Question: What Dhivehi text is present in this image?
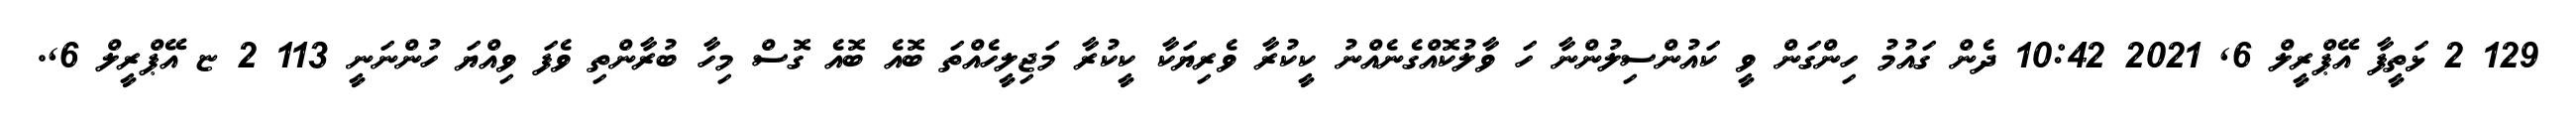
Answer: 129 2 ޅަތީފާ އޭޕްރީލް 6, 2021 10:42 ދެން ގައުމު ހިންގަން ވީ ކައުންސިލުންނާ ހަ ވާލުކޮއްގެނެއްނު ކީކުރާ ވެރިޔަކާ ކީކުރާ މަޖިލީހެއްތަ ބޮއެ ބޮއެ ގޮސް މިހާ ބުރާންތި ވެފަ ވިއްޔަ ހުންނަނީ 113 2 ޏ އޭޕްރީލް 6,.